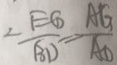
< \frac { E G } { B D } = \frac { A G } { A D }